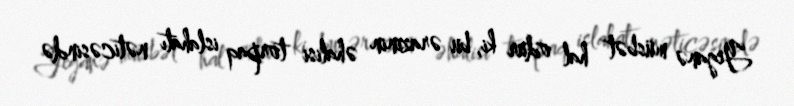
Yeganə müsbət hal odur ki, bu ərazinin əhalisi torpaq islahatı nəticəsində